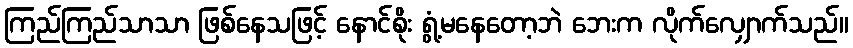
ကြည်ကြည်သာသာ ဖြစ်နေသဖြင့် နောင်စိုး ရွံ့မနေတော့ဘဲ ဘေးက လိုက်လျှောက်သည်။